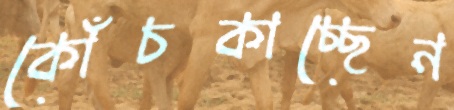
কোঁচকাচ্ছেন